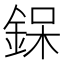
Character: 𮷰